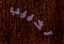
تخييب